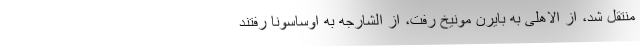
منتقل شد، از الاهلی به بایرن مونیخ رفت، از الشارجه به اوساسونا رفتند